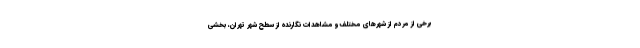
برخی از مردم از شهرهای مختلف و مشاهدات نگارنده از سطح شهر تهران، بخشی